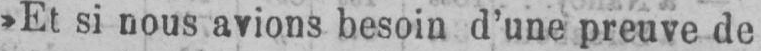
»Et si nous avions besoin d’une preuve de